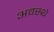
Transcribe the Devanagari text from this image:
अवस्थे